Bréfritari: Þorgerður Runólfsdóttir
Viðtakandi: Kristrún Jónsdóttir
Dagsetning: A-1843-02-28
Skrifað á: Grenjaðarstöðum  S-Þing.

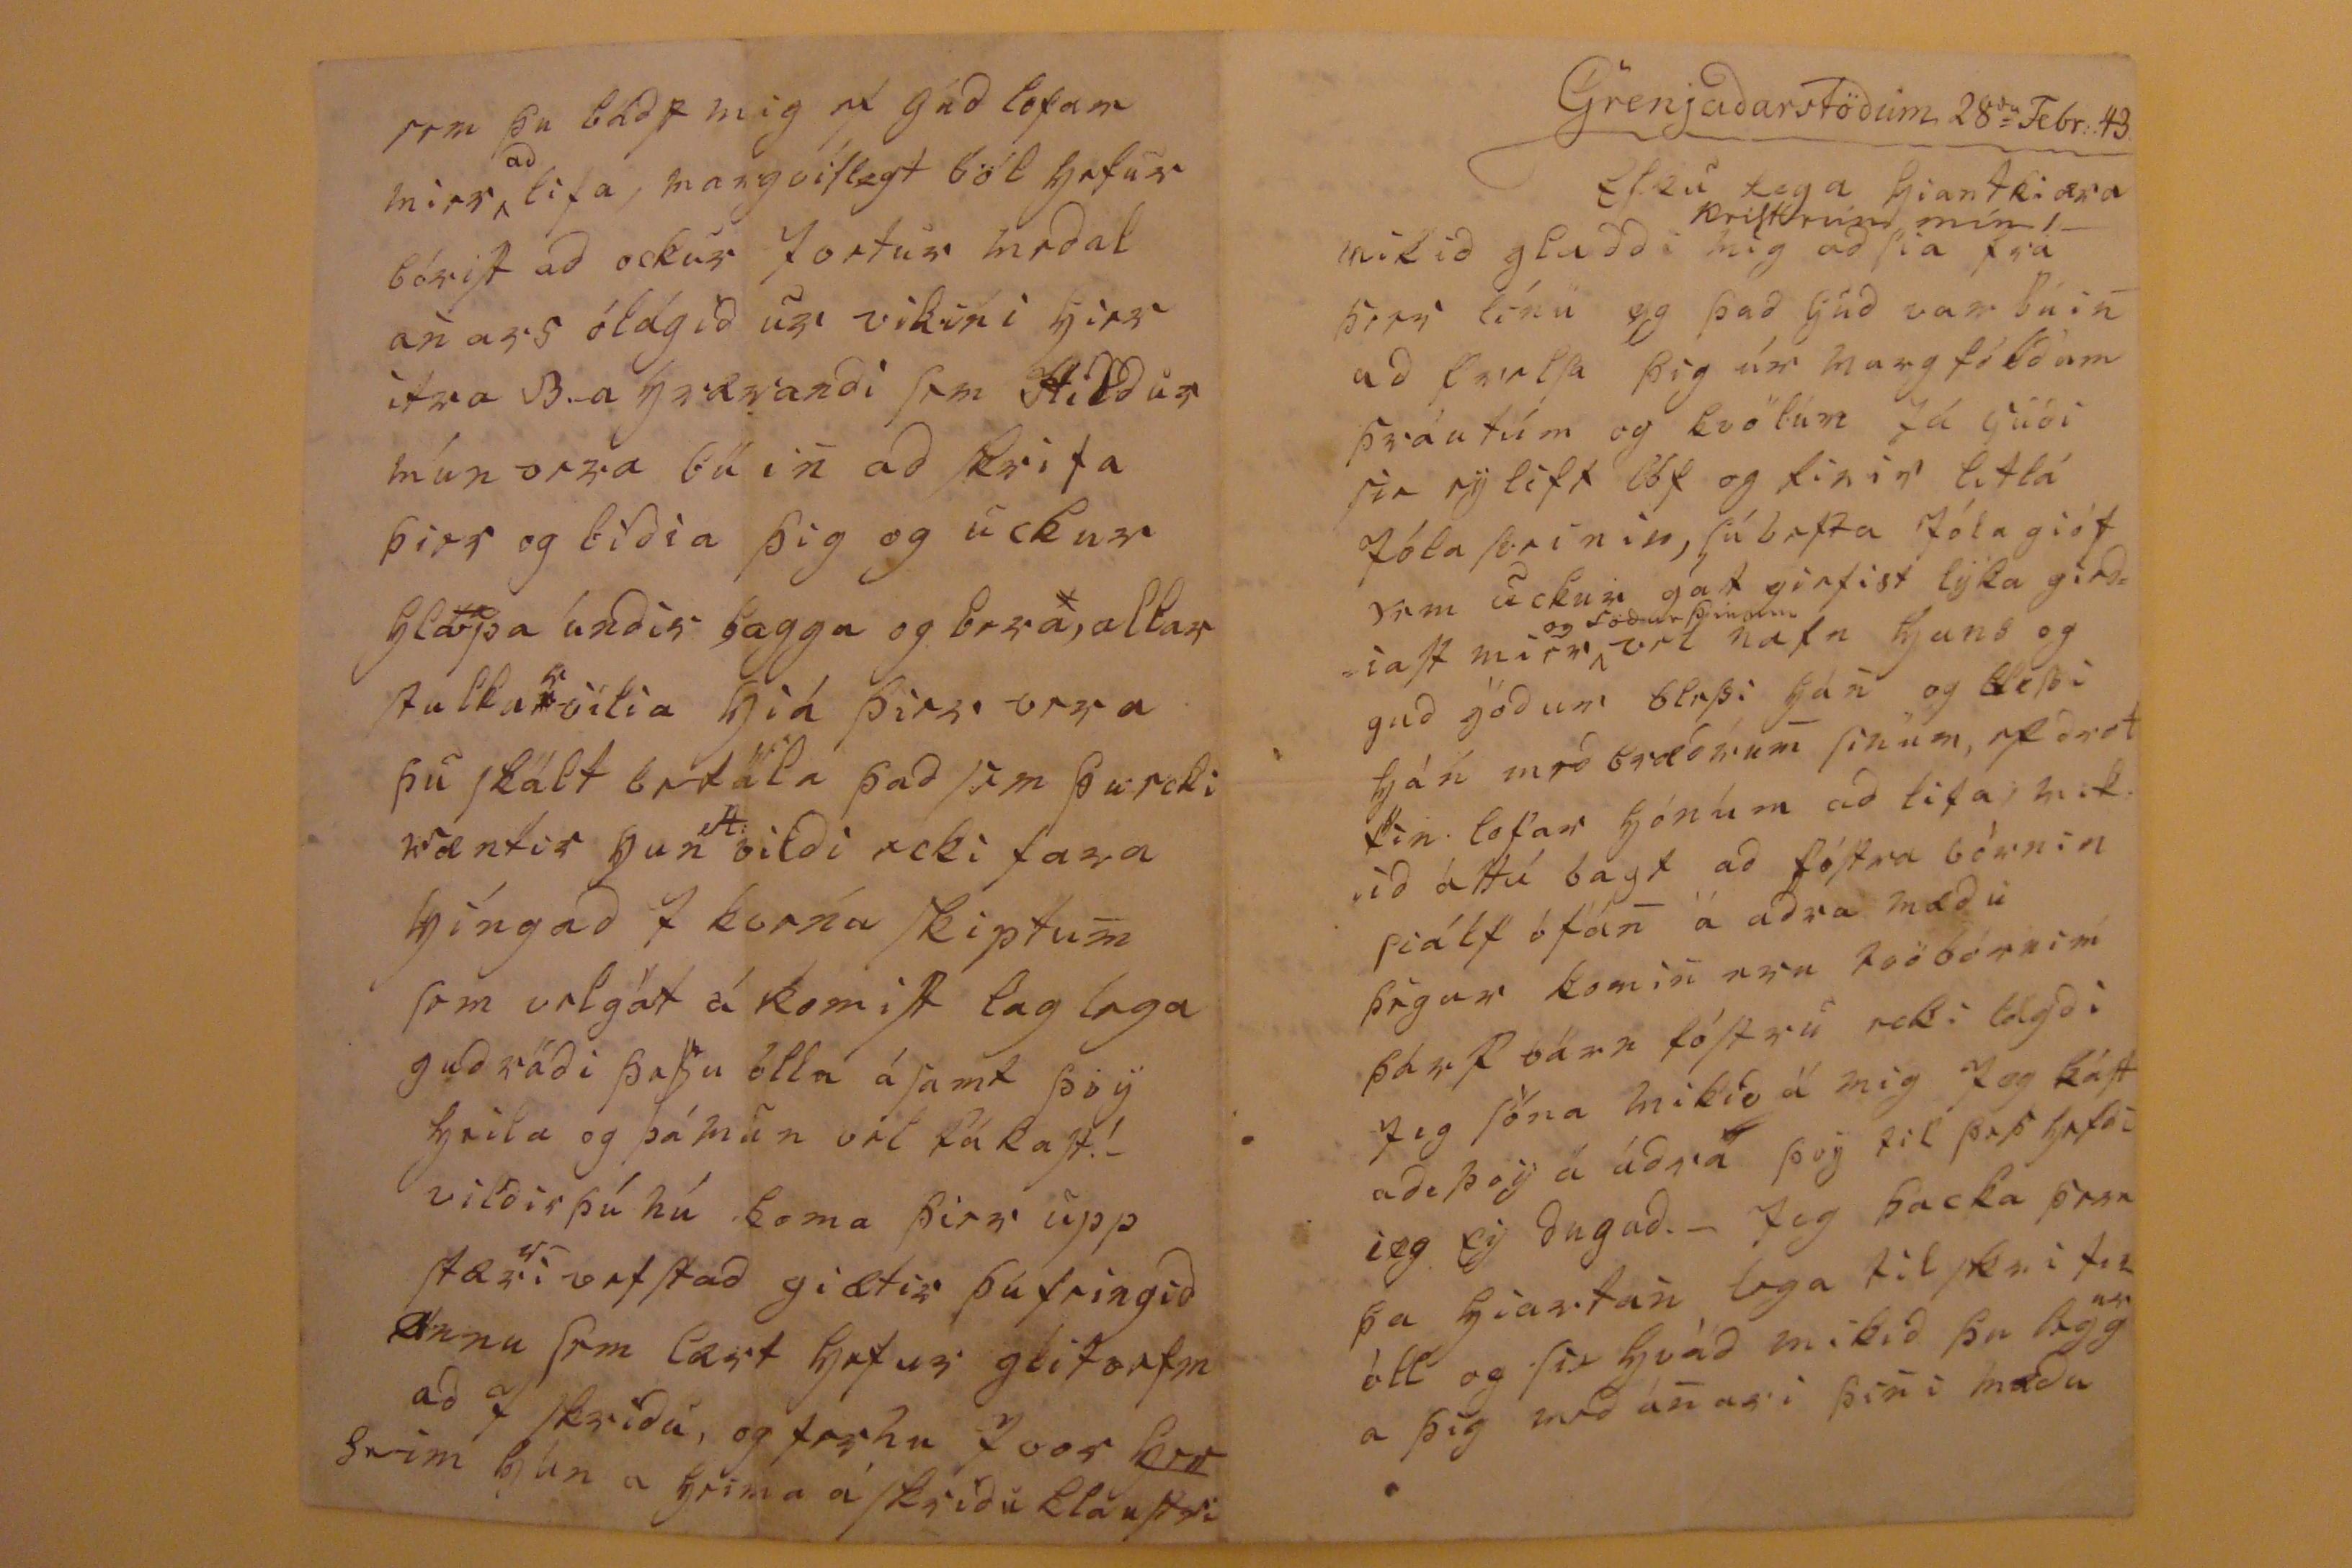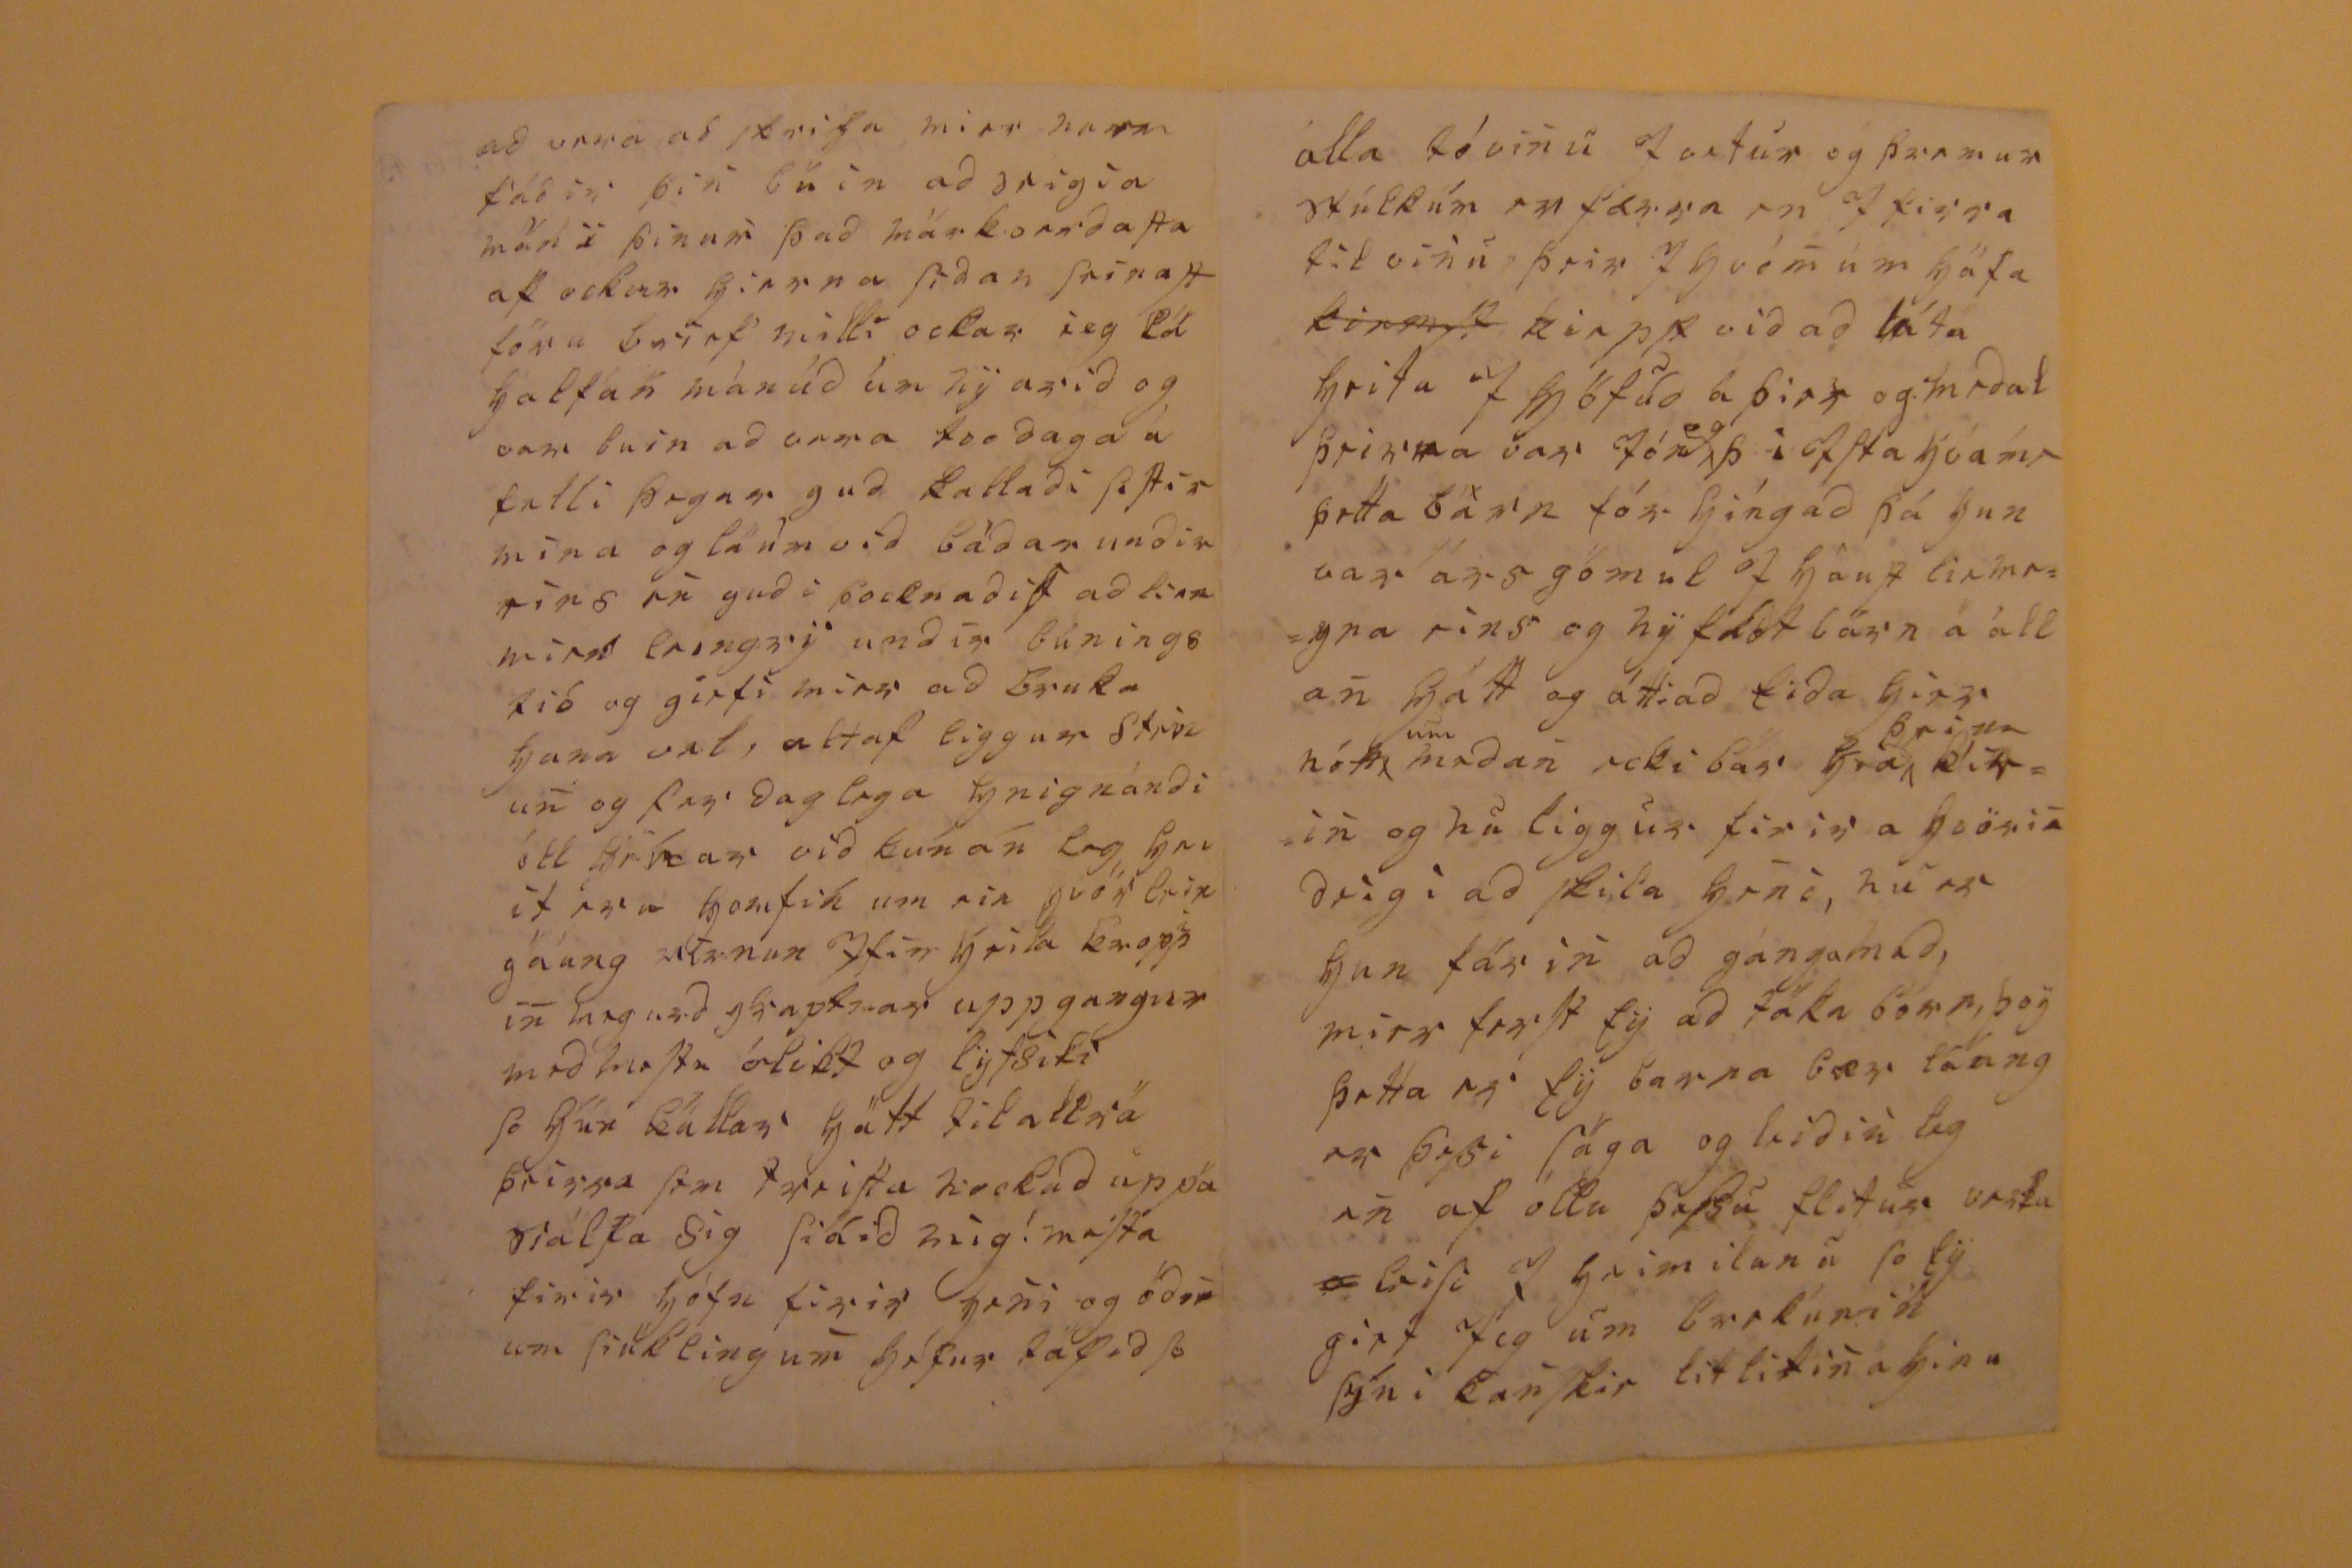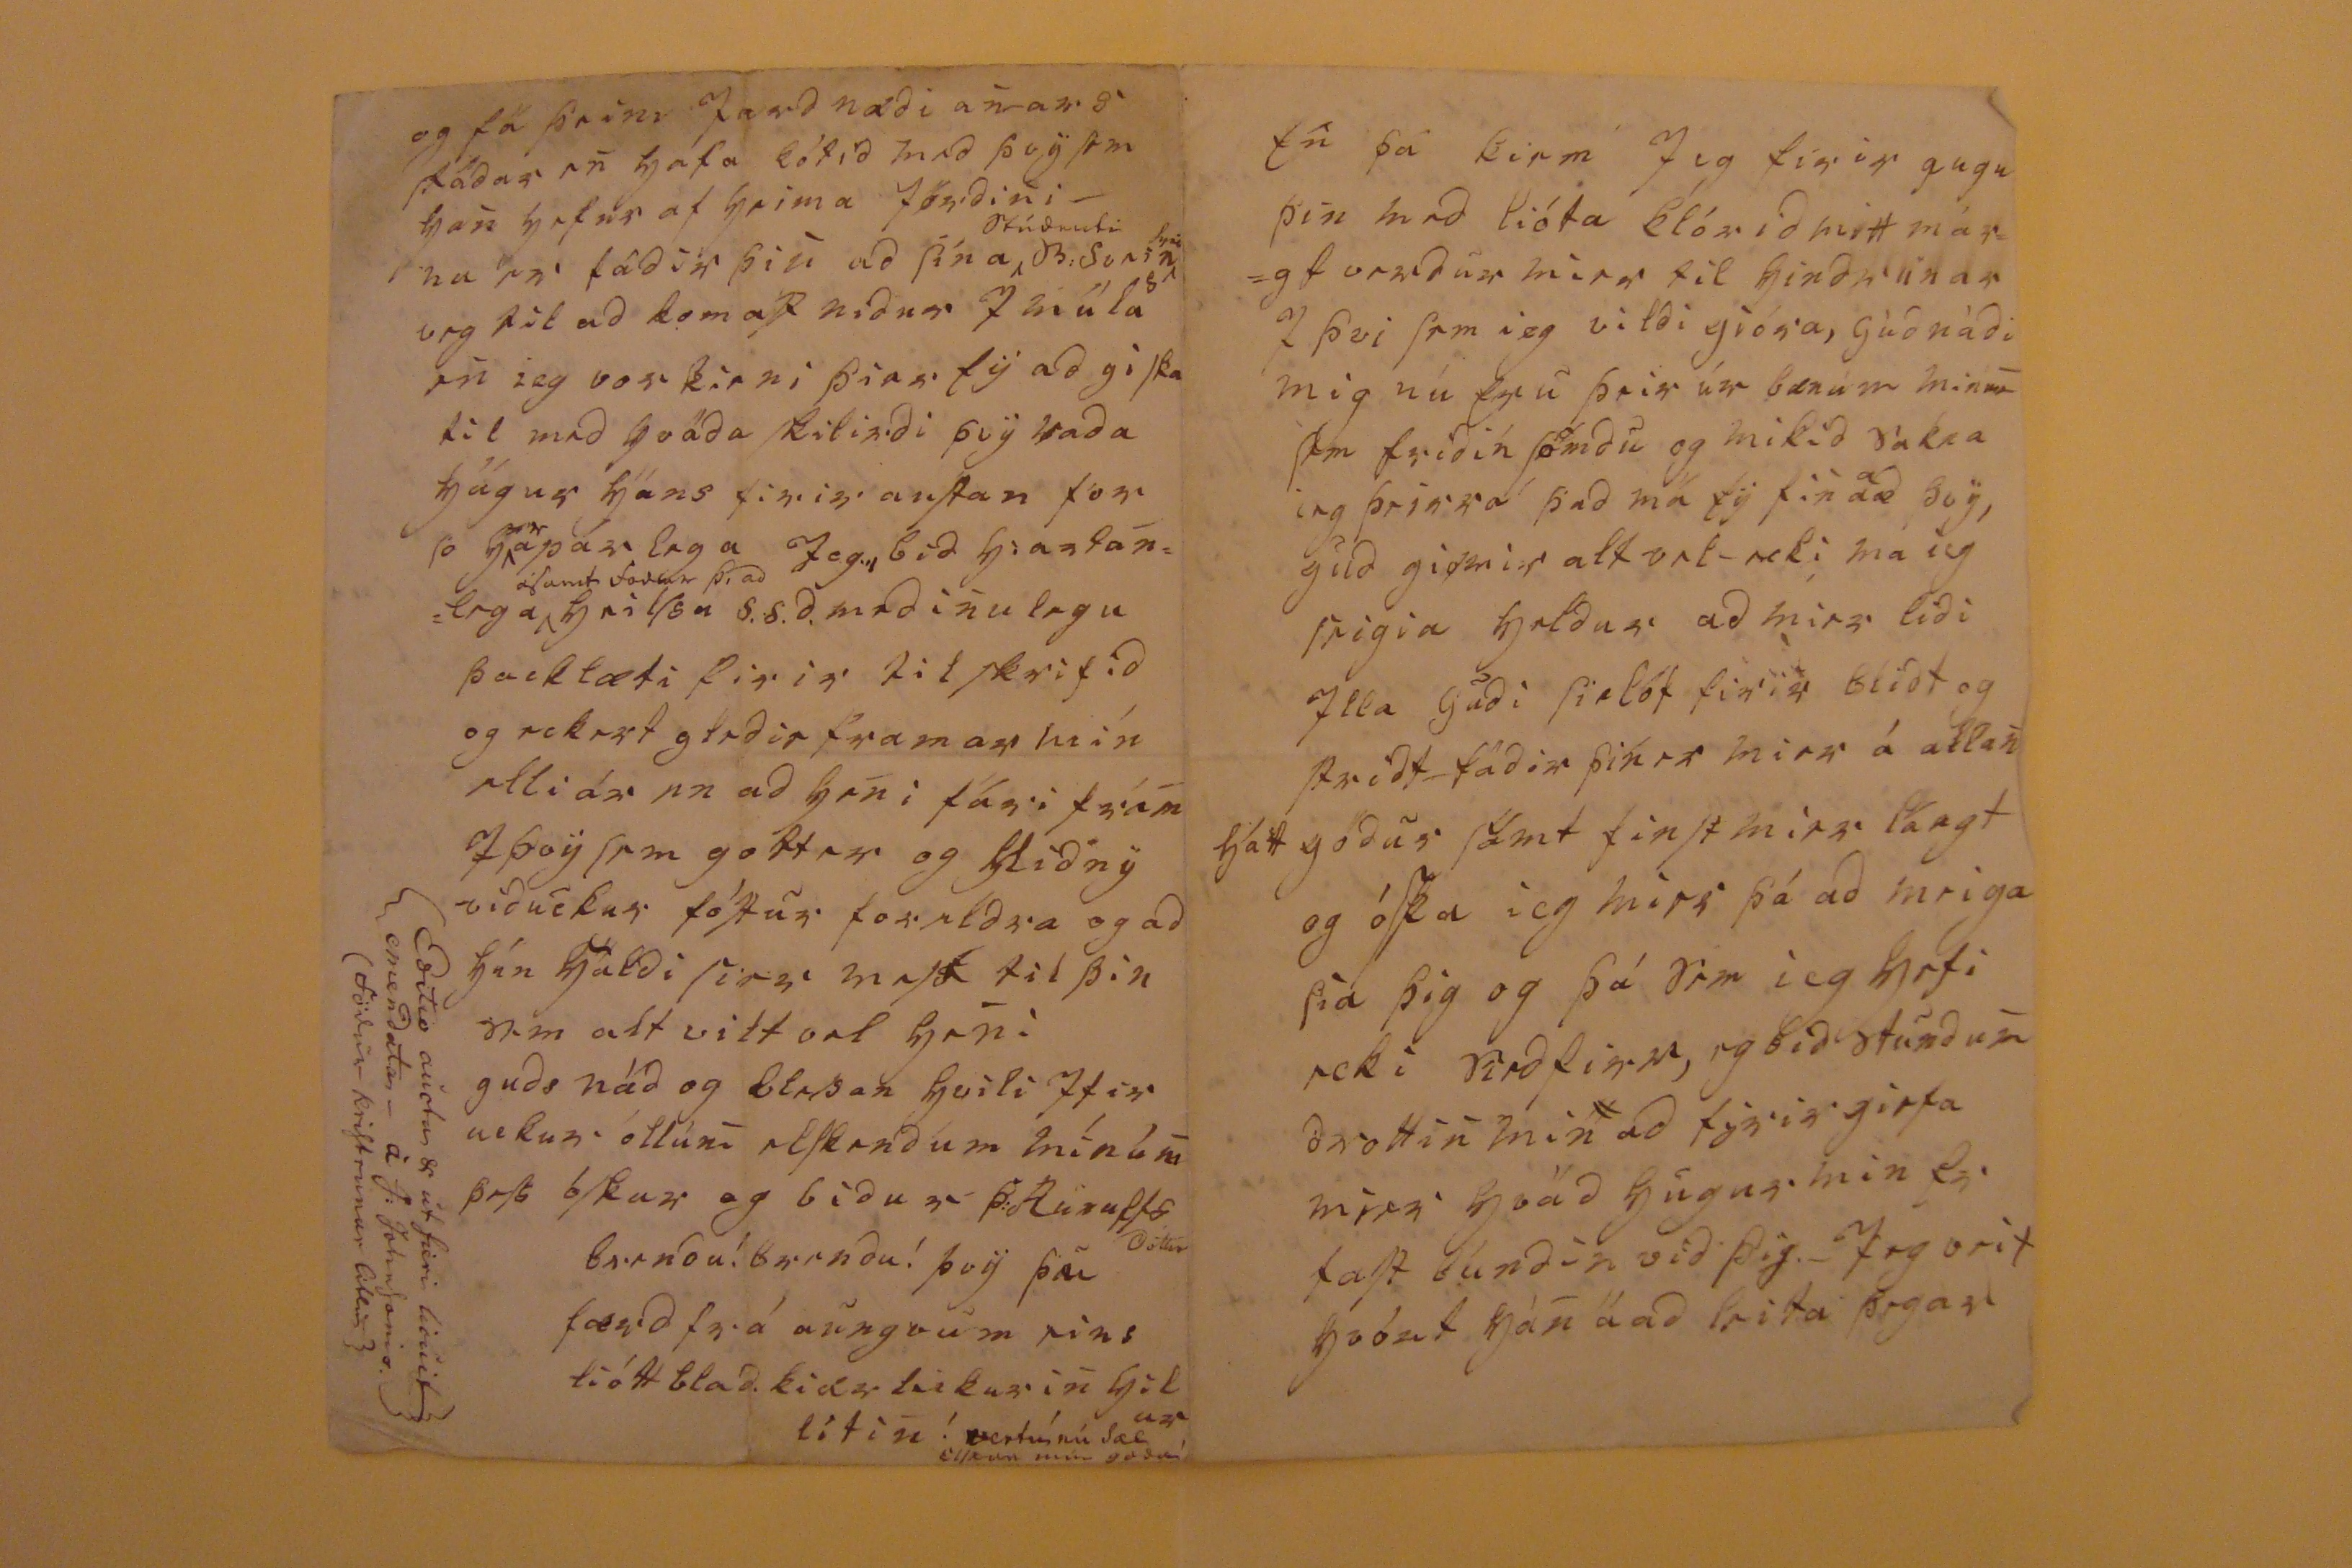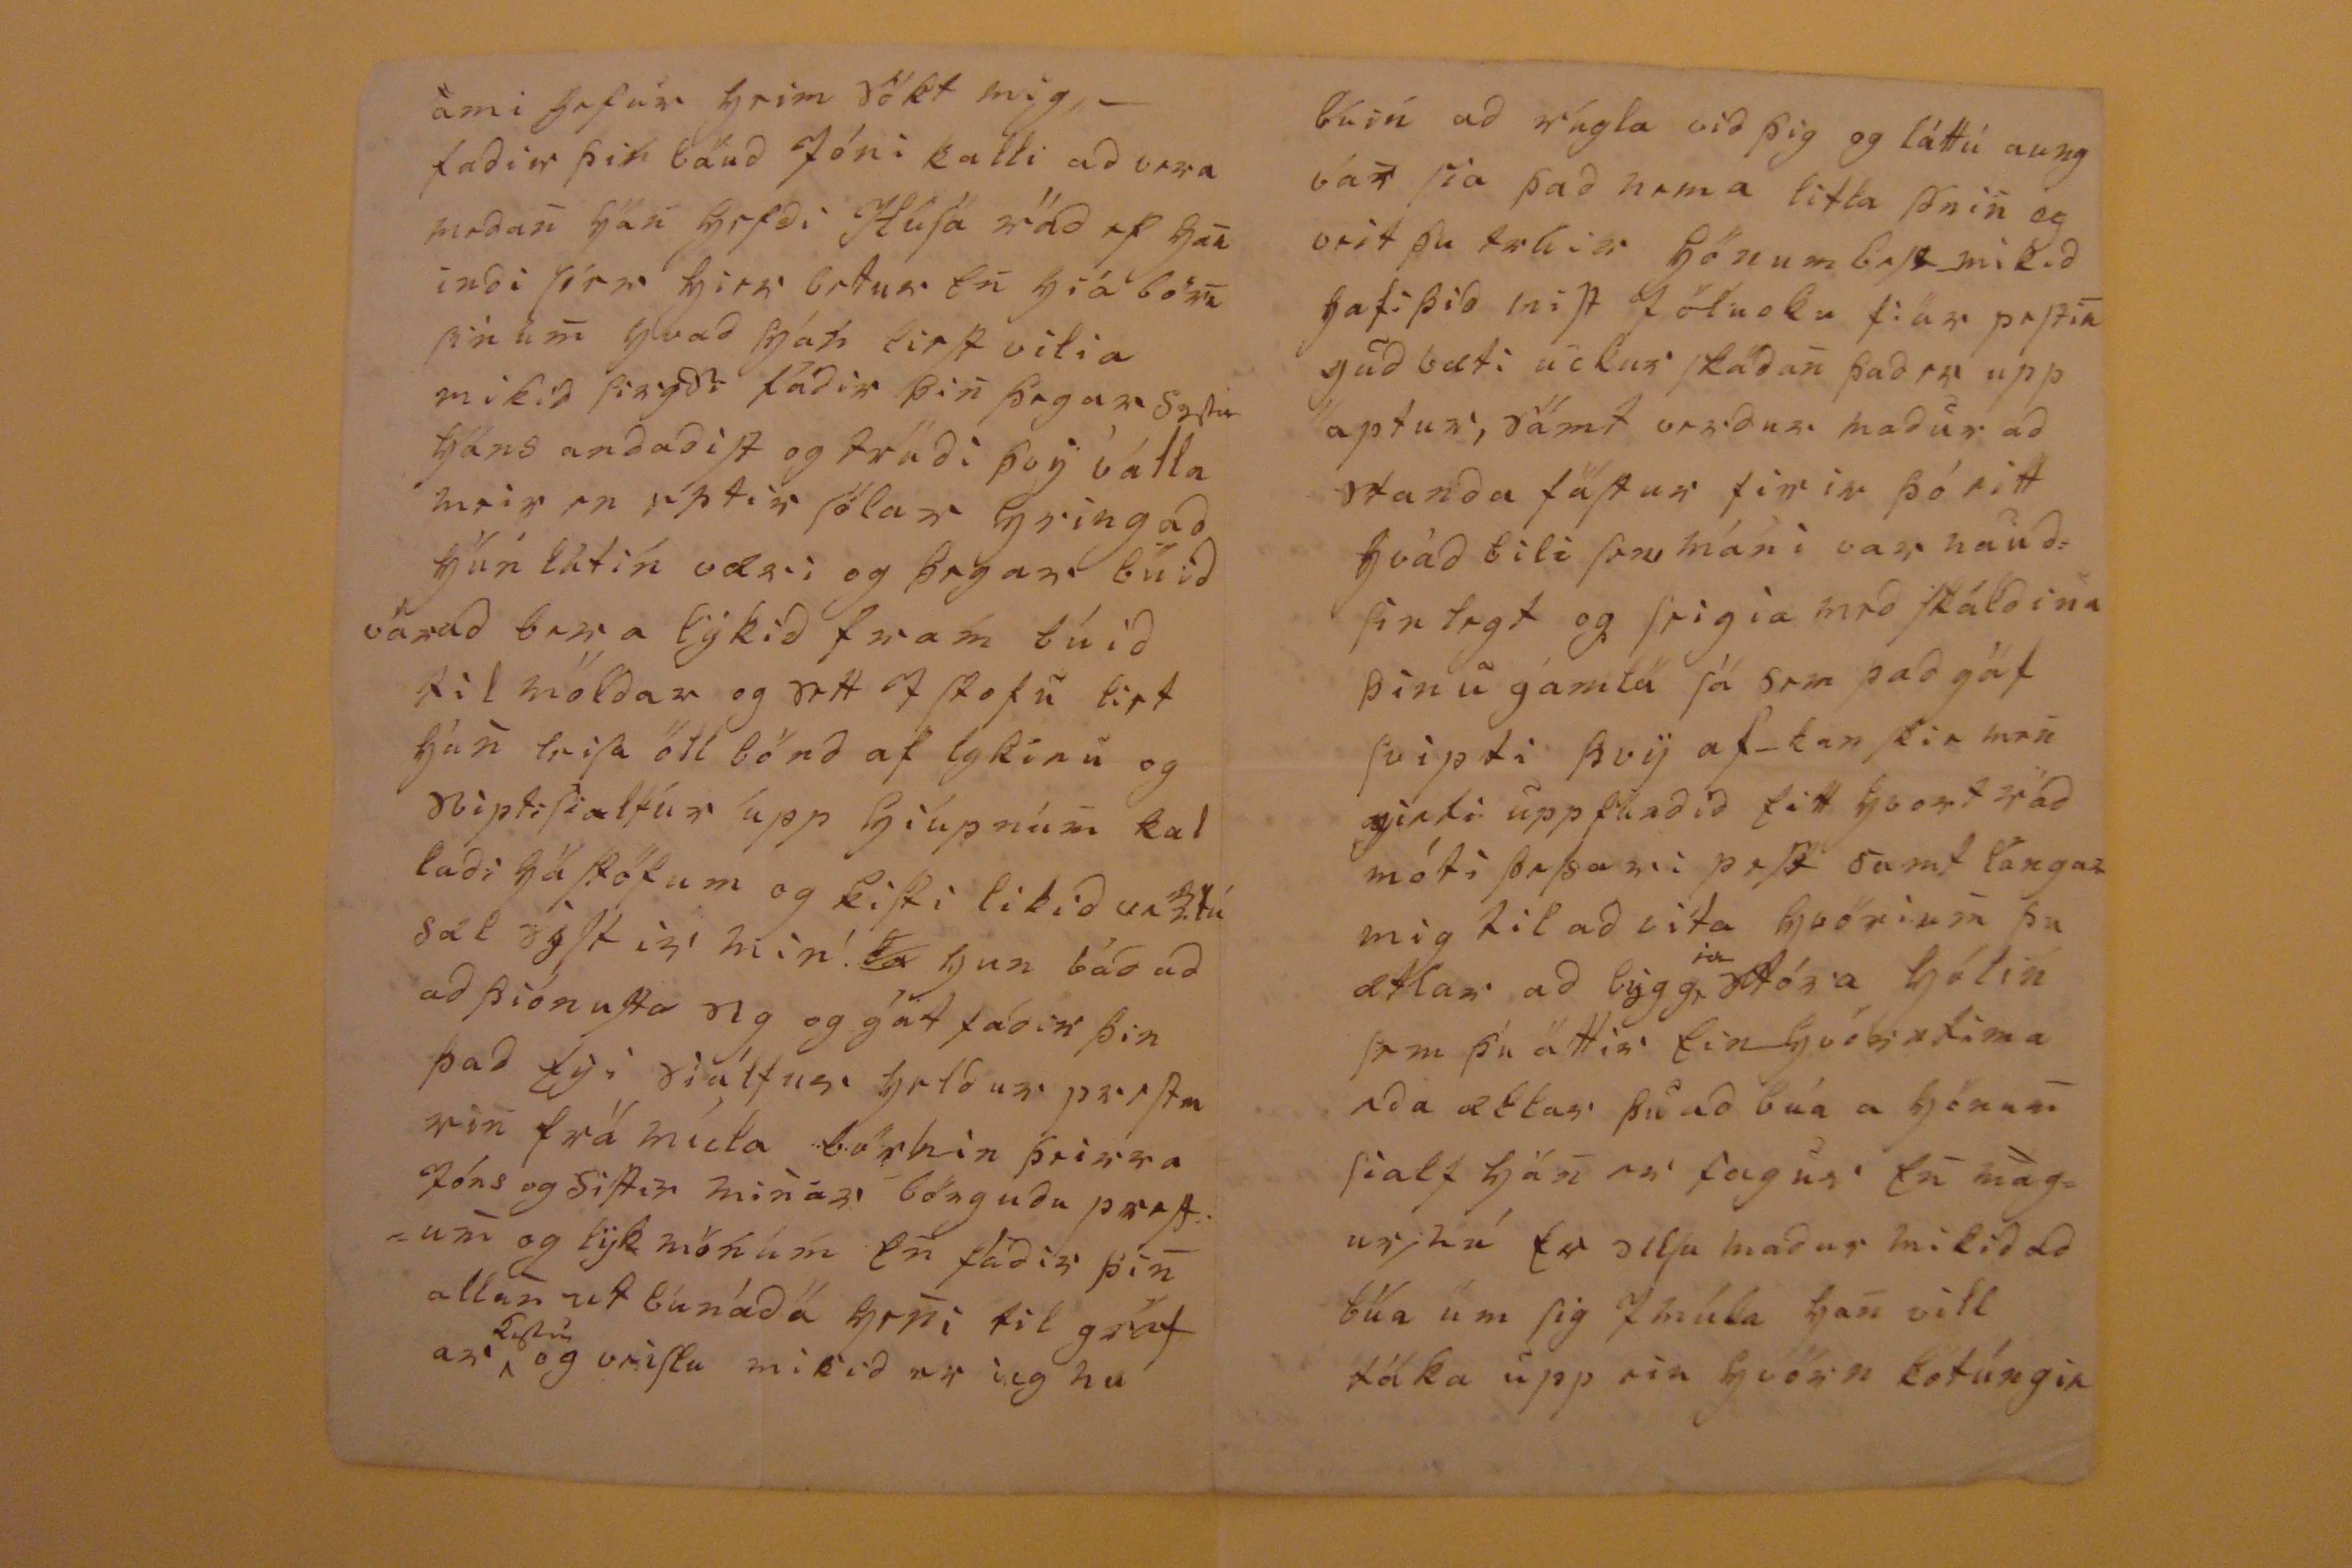

Grenjadarstödum 28
da
Febr. 43.
ElKu lega hiartkiæra KriStrún mín!-
mikid gladdi mig ad Sia frá þíer línu og þad Gud var búin ad frelSa þig úr margföldum þráutúm og kvölúm Já Gudi sér ey líft lof og firir litlá Jóla Sveinin, SúbeSta Jóla giöf sem ockur gat giefist lyka gird íaSt mír
og födur þinum
ord nafn hans og gud godum bleSsi han og bleSsi hán med bedonum sínum, af mot Sín lofar hónum ad lifa mit id áttú bagt ad fóttra bónnin siálf ófán á adra mádu þegar komin eru tvösonnim þar F barn fóStru reki lagdi Jeg Sóna mikid á mig J og kátt ad þig á ádra þvy til þad hafdi ieg ey dugad.- Jeg þacka þesa þa hiartan lega til krita óll og fir hvad mikid þu legg
ur
a þig med anari þin()i mædu
ad vera ad skrifa mier hann fádir þin þin búín ad drigía mani þinum þad marksendaSta af ockur hierna Sídan SeínaSt föru beirf milli ockar ieg lá halfan mánúd úm ny arid og var buin ad vera tvo daga á kalli þegar gud kalladi SiStir mína og laum vid bádar undir réns en gudi þockandist ad lina mina leingri undír búnings sió og giefi míns ad Bruka hana vel, altaf liggur Stein un og fer dag lega nhignándi ótl Brúar vid kunan lag her it eru hamfik um all gvörlrin gaung urnum yfir ýrila kropp in megurd glaptrag upp gangir med meSta ólikt og lyfsikí So hun búllag hátt tilalliá þrigga Sem yfitta hockud uppá siálfa Sig Siáid mig í meSta firir mótu firir ham og odru um Siuklingum hefur tafid So
sem u badSt mig ef gud lofar mier
ad
lifa, margviSlegt ból hefur bórit ad ockur Jortur medal anars ólagidur viini hier ítra Bra ýrarandi Sem Hildur mun vera búin ad Skrifa þier og bidia þig og uckur hlárpa undir bagga og bera#, allar stulkusöilia git þier vera þú skalt betala þad sem þurdi kvæntir hun
H
vildi ecki fara híngad J korna Skiptum Sem orlgat á komiSt laglega gudrádi þaSSu öllu ásamt þvy heila og þámun vil takast! vildir þú nú koma þirsi upp fær
er
, veFstad giætir þú feingid Onnu Sem læst hefur glitorfm ad J skrida og tashu J vor han Svim hun a heima á Skridu klauStri
alla tóvinu I artur og þremur stúlkúm en fárra en I firra til vinu þrir I hvömum hafa
kirms
kiept vid ad láta heita I höfud á þier og medal þierra var Jón
eg
þ i ofSta hvami þetta barn fór híngad þá hun var árs gömul of mart lininra gia sins og hypdot barn a áll an mátt og átti ad eida hier nótt,
um
medan reki bar hia
þeim
klitin og nu liggur firir a hvöriu deígí ad skila hení, hérr hun farin() ad gángamad, mier forSt Ey ad taka born, þeg þetta er Ey barna bær láung ar þeSsi Sága og leidín leg en() af öllu þaSsu flitur varla leifi og grimilann So Ey gíet Jeg um Enskunin Sýni kan()Skir litlin()a minu
En þá kiem Jeg firir augu þin med lióta klórid mitt másgt verdur minn til hindrunar I þvi Sem ieg vildi giöra, gudnádi mig nú frá þeir úr bænum minum sem fridin Sömdu og mikid sakna ieg þierra þad má Ey fina ad þvy, gild gierir alt vel- reki ma ieg siegia heldur ad mier lidi ylla Gudi firlát firir Bliót og Stridt-fadir þieir mier á allan hátt godur Samt finSt mier lángt og óSka ieg mier þá ad meiga Siá þig og þá sem íeg hefi ecki vardfirn, og bid stundum drottin min# ad fyrir giefa mier hvad hugur min Sé faSt búndin vid þig.- Jeg veit hvort hún á ad leita þegar
ami hafur heim sókt mig,- fadir þin baud Jóni kalli ad vera medan han hefdi Húsa rád af han indi Síer hier betur en hiá börn sínum hvad han eirtt vilia mikid Siagdi fadir þin þegar Sistir hans andadiSt og trudi þvi válla meir en eptir Sólar hringad hún látin væri og þegar búid varad bera lýkid fram búid til moldar og sett af stofu leit hún leifa öll Bönd af lykinu og RiptiSialtúr úpp híúpnúm kal ladi há Stöfum og kiSti líkid un 3.tú sál sýStir mín!
ba
hun badud ad þiónuSta sig og gat fadir þin þad fýr siálfur heldur parSta vin frá múla börnin þeirra Jóns og Sistir minar löngudu partum og lyk mönum En fadir þin allan utbúnáda heni til grát ar
Sytir
og veiStu mikid er íeg nu
og fá þeim Jard nadi an amgi stadar en hafa kóSid med þvy Sem han hefur af heima Jördini- nu er fadír þin ad Sína
Stúdundi
B sonin
her
veg til ad komaSt nidur I múla en ieg vor kinni þier fy ad giSka til med hvada kilirdi þvy hada hugur hans firir auStan for So h
er)apar lega
Jeg, bid hiartanlega
Samt saman þi ad
heilsa s.s.o. madinu legu þacklæti firir til skrifid og ekert gledir framar hier illi ár en ad han i fág i fram af þvy Sem gottern og Gidný viduckur fóStur foreldra og ad hún haldi sier meSt til þin sem alt vilt orl heni guds nád og blesan hvílí Yfir vekur ollum alSkendum mínúm þvi óskun og bidur Þ AusuStr dóttir brendu! brendu! þvy þu færd frá aungvum eins liótt blad. kiær leikur en ljót litin! vertú nú sæl Elskan mín góda!
(Estis austur er út færi lisnit mendatar- á J. JohnSonir.) (Födur Kristrúnar litlu)
búin ad rúgla vid þig og láttú aung var sía þad nema litla sonin og veit þu talir honum Erst mikid hafi þid miSt Jöluoku fiár peStin gud bæti uckur Skadan þad er upp aptur, samt verdur madur ad standa faStur firir þó sitt hvad bili Sem máni var hand Sin ligt og Seigia med Skáldina þinu gamla Sá sem þad gaf svipti þvy af kan skir man girti upp Skadid Eitt hvort rád móti pefsami peSt samt lángar mig til ad vita hvörium þu ætlar ad lygg
ja
stóra ljólin sem þú áttir Ein-Gvörntima eda ætlar þu ad búa a honum Sialf han er fagur En magur, nú er vilja madur mikid ad búa um Sig I múla han vill taka upp sin hvörn lotúngin